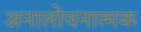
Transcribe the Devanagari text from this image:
अनालोचनात्मक